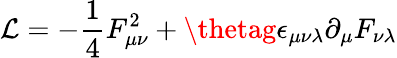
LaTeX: \mathcal{L}=-\frac{{1}}{{4}}F_{\mu\nu}^{2}+\thetag\epsilon_{\mu\nu\lambda}\partial_{\mu}F_{\nu\lambda}